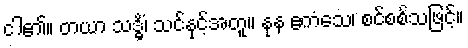
ငါ၏။ တယာ သဒ္ဓိံ၊ သင်နှင့်အတူ။ နုန ဧကံသေ၊ စင်စစ်သဖြင့်။